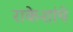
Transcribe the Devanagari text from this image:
राकेशांचे